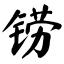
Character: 铹